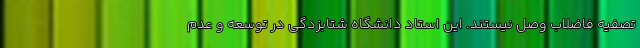
تصفیه فاضلاب وصل نیستند. این استاد دانشگاه شتابزدگی در توسعه و عدم